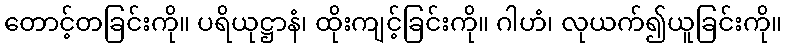
တောင့်တခြင်းကို။ ပရိယုဋ္ဌာနံ၊ ထိုးကျင့်ခြင်းကို။ ဂါဟံ၊ လုယက်၍ယူခြင်းကို။